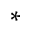
_ *